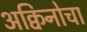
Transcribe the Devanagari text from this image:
अक्विनोचा